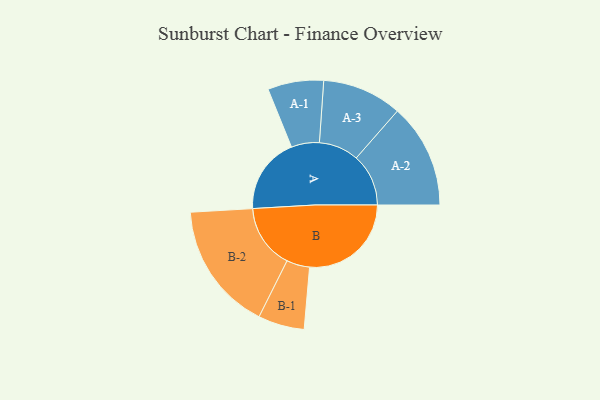
{"axis": {"x": "Segment", "y": "Value"}, "legend": ["", "A", "B"], "data": [{"x": "A", "y": 333, "type": ""}, {"x": "B", "y": 444, "type": ""}, {"x": "A-1", "y": 122, "type": "A"}, {"x": "A-2", "y": 228, "type": "A"}, {"x": "A-3", "y": 174, "type": "A"}, {"x": "B-1", "y": 101, "type": "B"}, {"x": "B-2", "y": 281, "type": "B"}]}